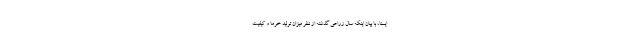
ایسنا، با بیان اینکه سال زراعی گذشته از نظر میزان تولید خرما و کیفیت